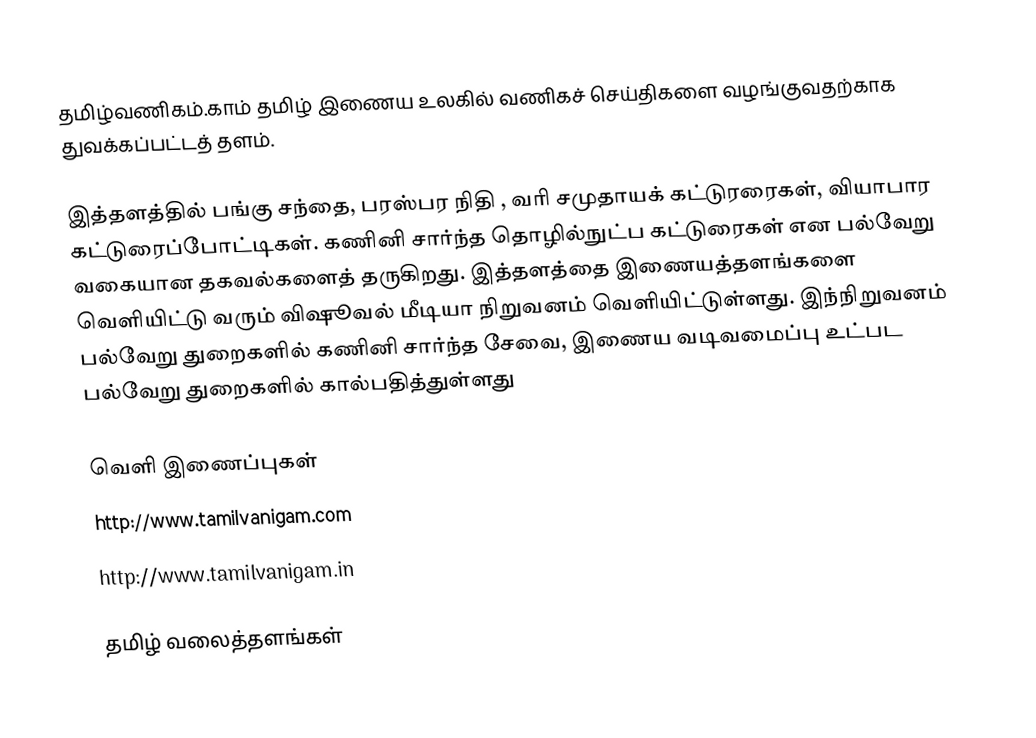
தமிழ்வணிகம்.காம்  தமிழ் இணைய உலகில் வணிகச் செய்திகளை வழங்குவதற்காக துவக்கப்பட்டத் தளம்.

இத்தளத்தில் பங்கு சந்தை, பரஸ்பர நிதி , வரி சமுதாயக் கட்டுரரைகள், வியாபார கட்டுரைப்போட்டிகள். கணினி சார்ந்த தொழில்நுட்ப கட்டுரைகள் என பல்வேறு வகையான தகவல்களைத் தருகிறது. இத்தளத்தை இணையத்தளங்களை வெளியிட்டு வரும் விஷூவல் மீடியா நிறுவனம் வெளியிட்டுள்ளது. இந்நிறுவனம் பல்வேறு துறைகளில் கணினி சார்ந்த சேவை, இணைய வடிவமைப்பு உட்பட பல்வேறு துறைகளில் கால்பதித்துள்ளது

வெளி இணைப்புகள்
http://www.tamilvanigam.com
http://www.tamilvanigam.in

தமிழ் வலைத்தளங்கள்